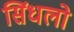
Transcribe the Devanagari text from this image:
सिंधलो